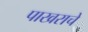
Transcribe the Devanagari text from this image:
पाखराचे